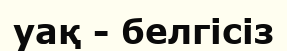
уақ - белгісіз